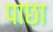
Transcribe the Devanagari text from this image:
पाछा